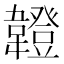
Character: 𩏠